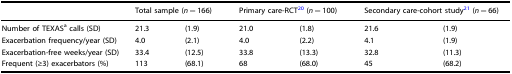
|  | <COLSPAN=2> Total sample (n = 166) | <COLSPAN=2> Primary care-RCT20 (n = 100) | <COLSPAN=2> Secondary care-cohort study21 (n = 66) |
 | --- | --- | --- | --- | --- | --- | --- |
 | Number of TEXASa calls (SD) | 21.3 | (1.9) | 21.0 | (1.8) | 21.6 | (1.9) |
 | Exacerbation frequency/year (SD) | 4.0 | (2.1) | 4.0 | (2.2) | 4.1 | (1.9) |
 | Exacerbation-free weeks/year (SD) | 33.4 | (12.5) | 33.8 | (13.3) | 32.8 | (11.3) |
 | Frequent (≥3) exacerbators (%) | 113 | (68.1) | 68 | (68.0) | 45 | (68.2) |